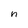
Character: n